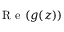
\mathrm { ~ R ~ e ~ } ( g ( z ) )